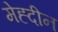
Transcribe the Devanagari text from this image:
मेह्दीन